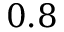
0 . 8